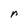
Character: r